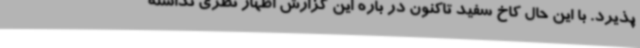
پذیرد. با این حال کاخ سفید تاکنون در باره این گزارش اظهار نظری نداشته